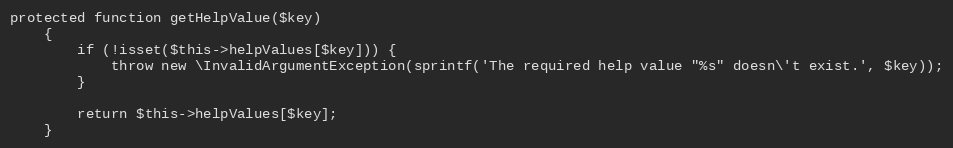
Language: PHP
protected function getHelpValue($key)
    {
        if (!isset($this->helpValues[$key])) {
            throw new \InvalidArgumentException(sprintf('The required help value "%s" doesn\'t exist.', $key));
        }

        return $this->helpValues[$key];
    }